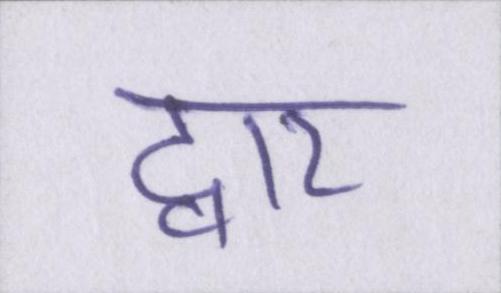
द्वार